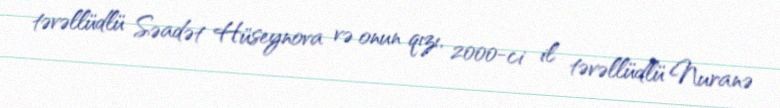
təvəllüdlü Səadət Hüseynova və onun qızı, 2000-ci il təvəllüdlü Nuranə